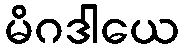
မိဂဒါယေ